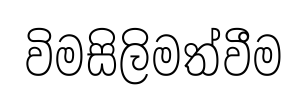
විමසිලිමත්වීම